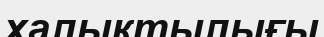
халықтылығы